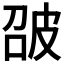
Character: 𤿘